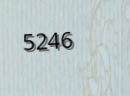
5246